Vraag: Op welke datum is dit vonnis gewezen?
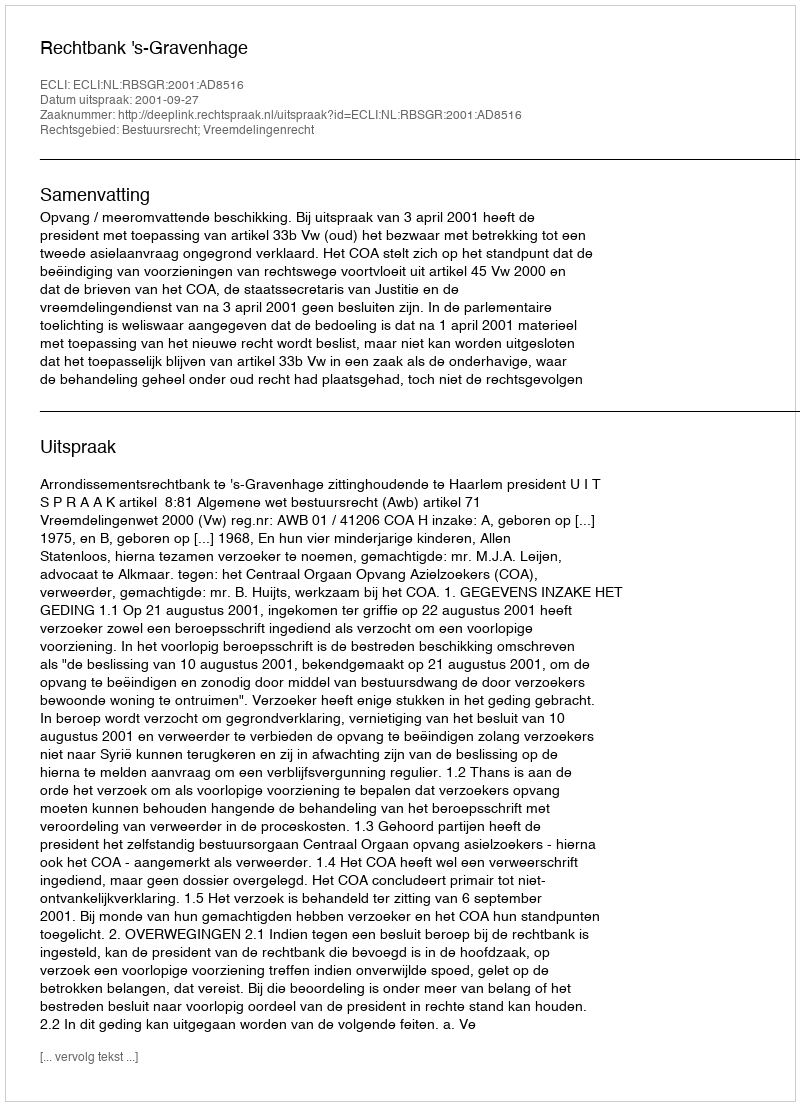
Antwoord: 2001-09-27